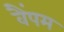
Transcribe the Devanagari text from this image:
वैंपम